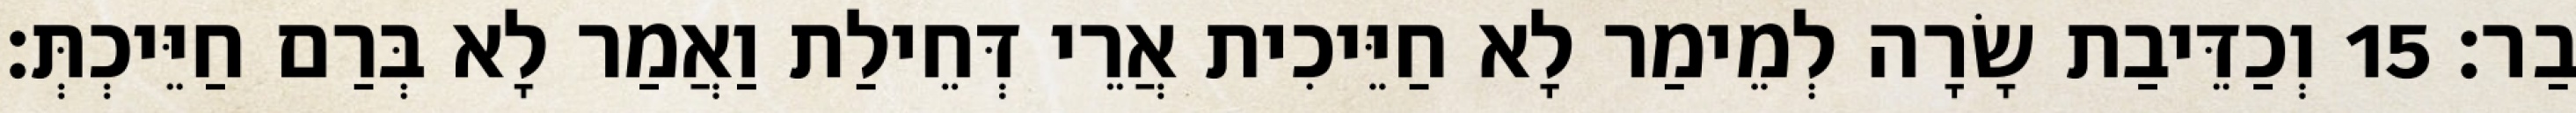
בַר׃ 15 וְכַדֵּיבַת שָׂרָה לְמֵימַר לָא חַיֵּיכִית אֲרֵי דְּחֵילַת וַאֲמַר לָא בְּרַם חַיֵּיכְתְּ׃